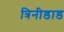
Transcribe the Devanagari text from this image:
त्रिनीडाड